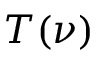
T ( \nu )